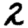
Digit: 2